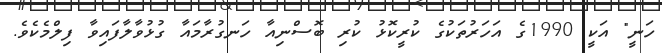
ހަނީ" އަކީ 1990ގެ އަހަރުތަކުގެ ކުރީކޮޅު ކުރި ބޮސްނިއާ ހަނގުރާމައާ ގުޅުވާލާފައިވާ ފިލްމެކެވެ.